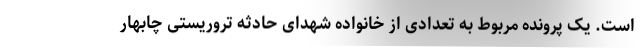
است. یک پرونده مربوط به تعدادی از خانواده شهدای حادثه تروریستی چابهار